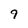
Character: 9